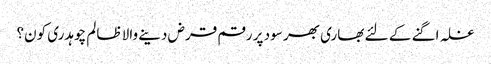
غلہ اگنے کے لئے بھاری بھر سود پر رقم قرض دینے والا ظالم چوہدری کون؟